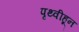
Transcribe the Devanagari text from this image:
पृथ्वीहून